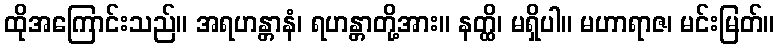
ထိုအကြောင်းသည်။ အရဟန္တာနံ၊ ရဟန္တာတို့အား။ နတ္ထိ၊ မရှိပါ။ မဟာရာဇ၊ မင်းမြတ်။